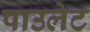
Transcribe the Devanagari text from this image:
पाउलेट